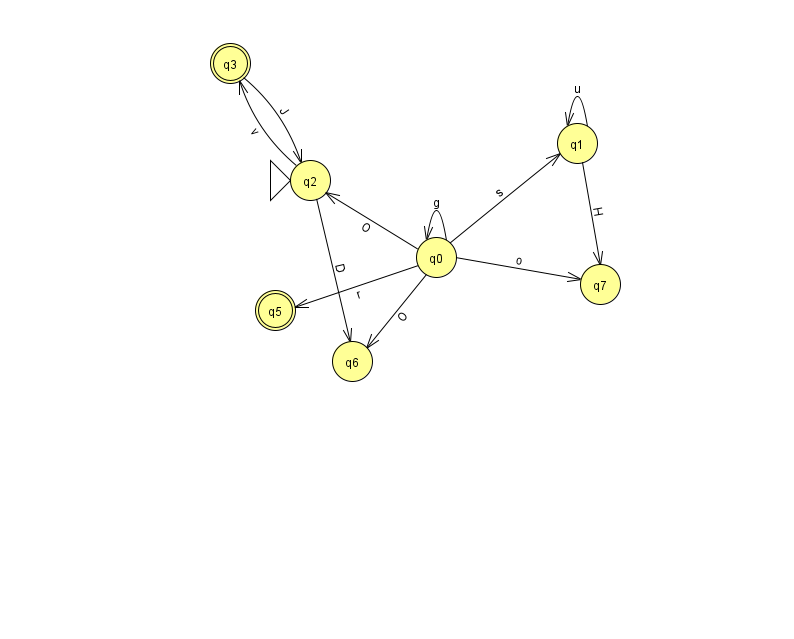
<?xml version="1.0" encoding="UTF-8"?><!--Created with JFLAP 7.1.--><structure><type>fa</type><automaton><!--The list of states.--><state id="0" name="q0"><x>436.0</x><y>244.0</y></state><state id="1" name="q1"><x>577.0</x><y>130.0</y></state><state id="2" name="q2"><x>310.0</x><y>167.0</y><initial/></state><state id="3" name="q3"><x>230.0</x><y>50.0</y><final/></state><state id="5" name="q5"><x>275.0</x><y>297.0</y><final/></state><state id="6" name="q6"><x>352.0</x><y>348.0</y></state><state id="7" name="q7"><x>600.0</x><y>271.0</y></state><!--The list of transitions.--><transition><from>2</from><to>6</to><read>D</read></transition><transition><from>0</from><to>5</to><read>r</read></transition><transition><from>1</from><to>1</to><read>u</read></transition><transition><from>0</from><to>0</to><read>g</read></transition><transition><from>1</from><to>7</to><read>H</read></transition><transition><from>2</from><to>3</to><read>v</read></transition><transition><from>0</from><to>7</to><read>o</read></transition><transition><from>0</from><to>2</to><read>O</read></transition><transition><from>0</from><to>1</to><read>s</read></transition><transition><from>3</from><to>2</to><read>J</read></transition><transition><from>0</from><to>6</to><read>O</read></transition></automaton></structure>